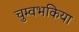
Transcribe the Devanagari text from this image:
चुम्वभकिया